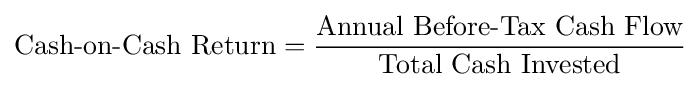
{\mbox{Cash-on-Cash Return}}={\frac {\mbox{Annual Before-Tax Cash Flow}}{\mbox{Total Cash Invested}}}